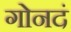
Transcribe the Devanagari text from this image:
गोनदं